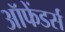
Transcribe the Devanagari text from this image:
ऑफेंडर्स